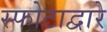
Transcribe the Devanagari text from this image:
स्फोटाद्वारे